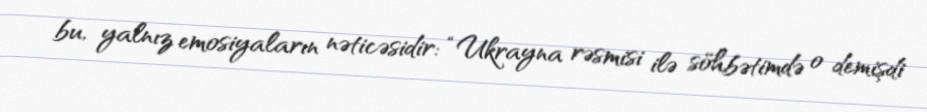
bu, yalnız emosiyaların nəticəsidir: “Ukrayna rəsmisi ilə söhbətimdə o demişdi